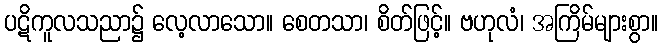
ပဋိကူလသညာ၌ လေ့လာသော။ စေတသာ၊ စိတ်ဖြင့်။ ဗဟုလံ၊ အကြိမ်များစွာ။